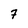
Character: 7